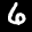
Label: 6